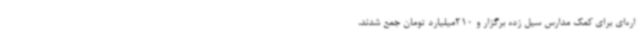
اره‌ای برای کمک مدارس سیل زده برگزار و 210میلیارد تومان جمع شدند،